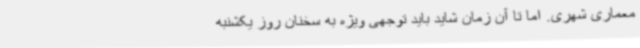
معماری شهری. اما تا آن زمان شاید باید توجهی ویژه‌ به سخنان روز یکشنبه